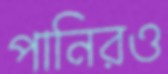
পানিরও